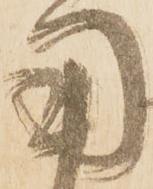
用